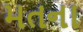
મતના